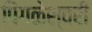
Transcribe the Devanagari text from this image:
पिंगळेश्वरी